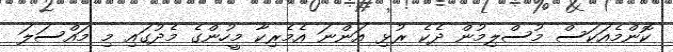
ކޮންމެއަކަސް މުސްލިމުން ދެކެ ރުޅި އަންނަ އެމެރިކާ މީހުންގެ މެދުގައި މި މައްސަލަ